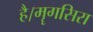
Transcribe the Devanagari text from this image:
है।मॄगसिरा